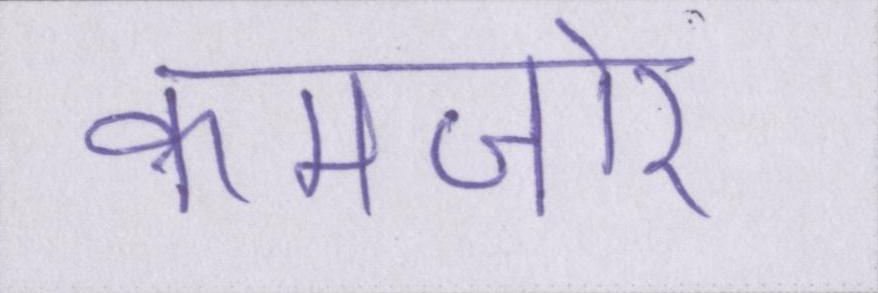
कमजोर